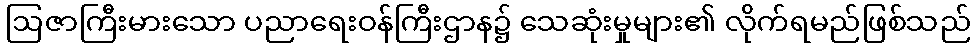
ဩဇာကြီးမားသော ပညာရေးဝန်ကြီးဌာန၌ သေဆုံးမှုများ၏ လိုက်ရမည်ဖြစ်သည်